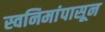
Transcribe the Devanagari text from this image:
स्वनिमांपासून